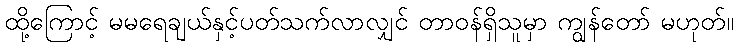
ထို့ကြောင့် မမရေချယ်နှင့်ပတ်သက်လာလျှင် တာဝန်ရှိသူမှာ ကျွန်တော် မဟုတ်။